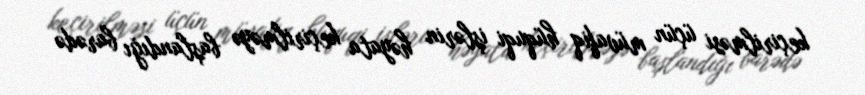
keçirilməsi üçün müvafiq hüquqi işlərin həyata keçirilməyə başlandığı barədə